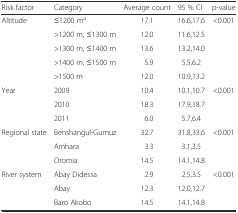
| Risk factor | Category | Average count | 95 % CI | p-value |
 | --- | --- | --- | --- | --- |
 | Altitude | ≤1200 ma | 17.1 | 16.6,17.6 | <0.001 |
 |  | >1200 m, ≤1300 m | 12.0 | 11.6,12.5 |  |
 |  | >1300 m, ≤1400 m | 13.6 | 13.2,14.0 |  |
 |  | >1400 m, ≤1500 m | 5.9 | 5.5,6.2 |  |
 |  | >1500 m | 12.0 | 10.9,13.2 |  |
 | Year | 2009 | 10.4 | 10.1,10.7 | <0.001 |
 |  | 2010 | 18.3 | 17.9,18.7 |  |
 |  | 2011 | 6.0 | 5.7,6.4 |  |
 | Regional state | Benshangul-Gumuz | 32.7 | 31.8,33.6 | <0.001 |
 |  | Amhara | 3.3 | 3.1,3.5 |  |
 |  | Oromia | 14.5 | 14.1,14.8 |  |
 | River system | Abay Didessa | 2.9 | 2.5,3.5 | <0.001 |
 |  | Abay | 12.3 | 12.0,12.7 |  |
 |  | Baro Akobo | 14.5 | 14.1,14.8 |  |